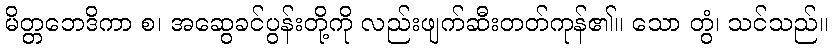
မိတ္တဘေဒိကာ စ၊ အဆွေခင်ပွန်းတို့ကို လည်းဖျက်ဆီးတတ်ကုန်၏။ သော တွံ၊ သင်သည်။